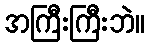
အကြီးကြီးဘဲ။